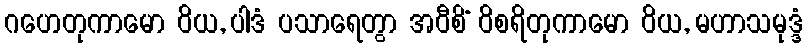
ဂဟေတုကာမော ဝိယ, ပါဒံ ပသာရေတွာ အဝီစိံ ဝိစရိတုကာမော ဝိယ, မဟာသမုဒ္ဒံ